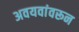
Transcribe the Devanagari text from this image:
अवयवांवरून